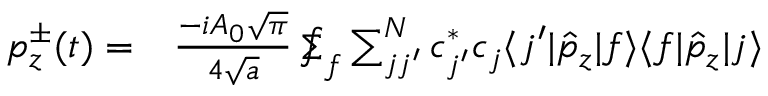
\begin{array} { r l } { p _ { z } ^ { \pm } ( t ) = } & { { } \frac { - i A _ { 0 } \sqrt { \pi } } { 4 \sqrt { a } } \sumint _ { f } \sum _ { j j ^ { \prime } } ^ { N } c _ { j ^ { \prime } } ^ { * } c _ { j } \langle j ^ { \prime } | \hat { p } _ { z } | f \rangle \langle f | \hat { p } _ { z } | j \rangle } \end{array}